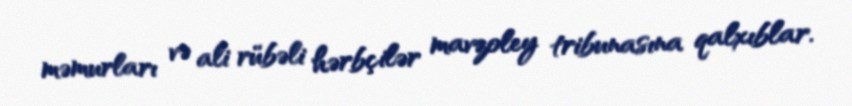
məmurları və ali rübəli hərbçilər mavzoley tribunasına qalxıblar.